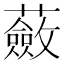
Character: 蘞